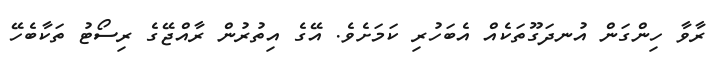
ރާވާ ހިންގަން އުނދަގޫތަކެއް އެބަހުރި ކަމަށެވެ. އޭގެ އިތުރުން ރާއްޖޭގެ ރިސޯޓު ތަކާބެހޭ